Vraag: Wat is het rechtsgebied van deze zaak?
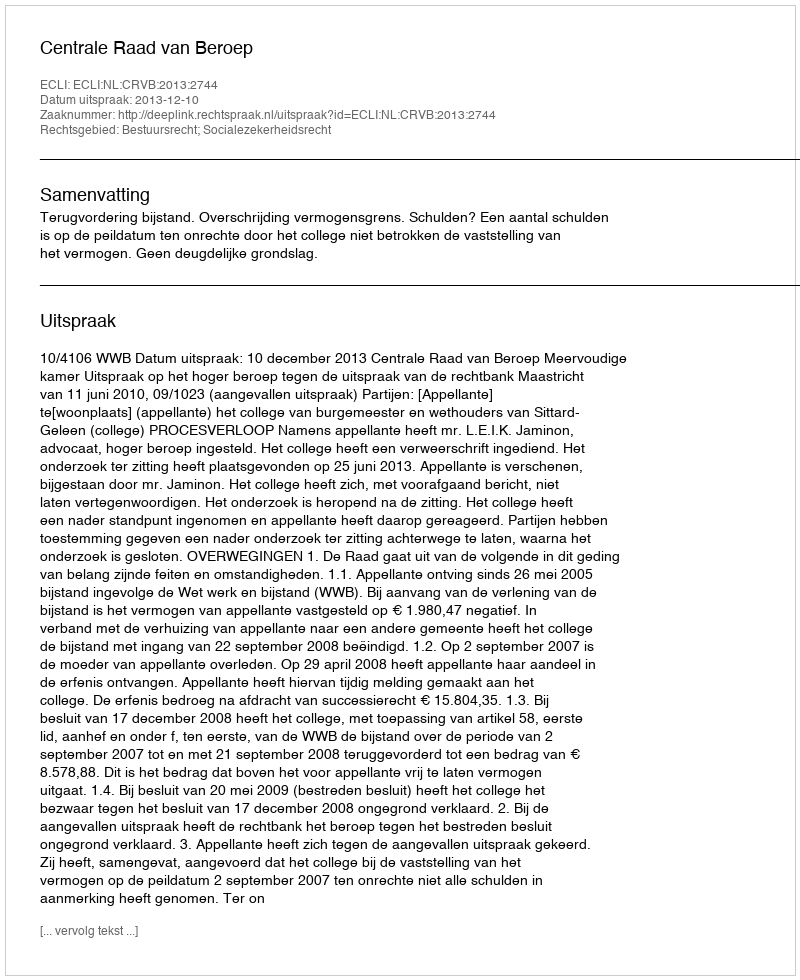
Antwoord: Bestuursrecht; Socialezekerheidsrecht